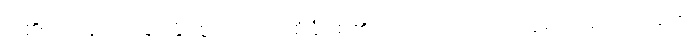
ငါ၏ဝေဖန်ပိုင်းခြားနိုင်စွမ်းကို ရေစိုခံဇစ်၏ တို့ပါရှိပါသည် အရှေ့ပိုင်းဒေသများ